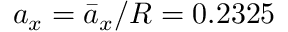
a _ { x } = \bar { a } _ { x } / R = 0 . 2 3 2 5